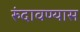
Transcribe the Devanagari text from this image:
रुंदावण्यास